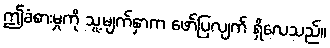
ဤခံစားမှုကို သူ့မျက်နှာက ဖော်ပြလျက် ရှိလေသည်။